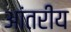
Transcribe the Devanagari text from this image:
आंतरीय